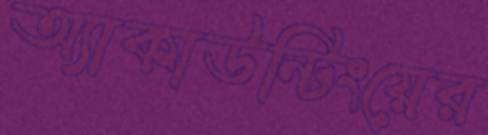
অ্যাকাউন্টিংয়ের